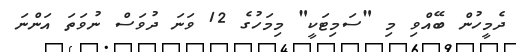
ދެމީހުން ބޭއްވި މި "ސަމިޓަކީ" މިމަހުގެ 12 ވަނަ ދުވަސް ނުވަތަ އަންނަ